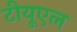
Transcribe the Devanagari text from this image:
टीयूएल